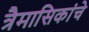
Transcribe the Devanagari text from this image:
त्रैमासिकांचे